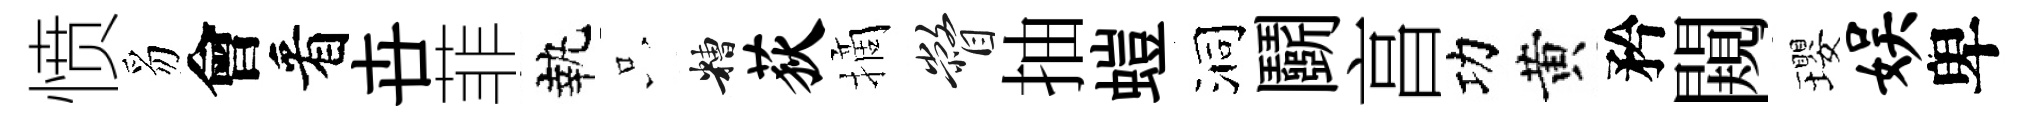
愤豸會看卋菲執只糟荻摘瞥抽螘洞鬬亯功黄矜闚瓔娱卑